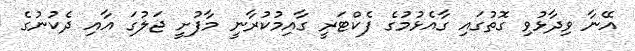
އޭނާ ވިދާޅުވި ގޮތުގައި ގާއެޅުމުގެ ފެކްޓަރީ ގާއިމުކުރާނީ މާފުށީ ޖަލުގަ އާއި ދެކުނުގެ